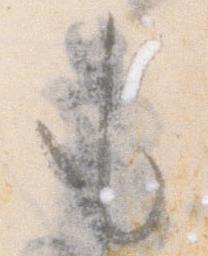
も